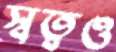
স্বত্বও